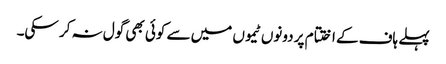
پہلے ہاف کے اختتام پر دونوں ٹیموں میں سے کوئی بھی گول نہ کر سکی۔